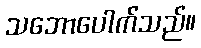
သဘောပေါက်သည်။